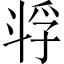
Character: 𫿴